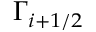
\Gamma _ { i + 1 / 2 }